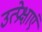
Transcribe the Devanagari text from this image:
उत्प्रेक्षाएं